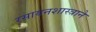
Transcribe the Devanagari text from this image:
रसायनशास्त्राने